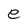
Character: e